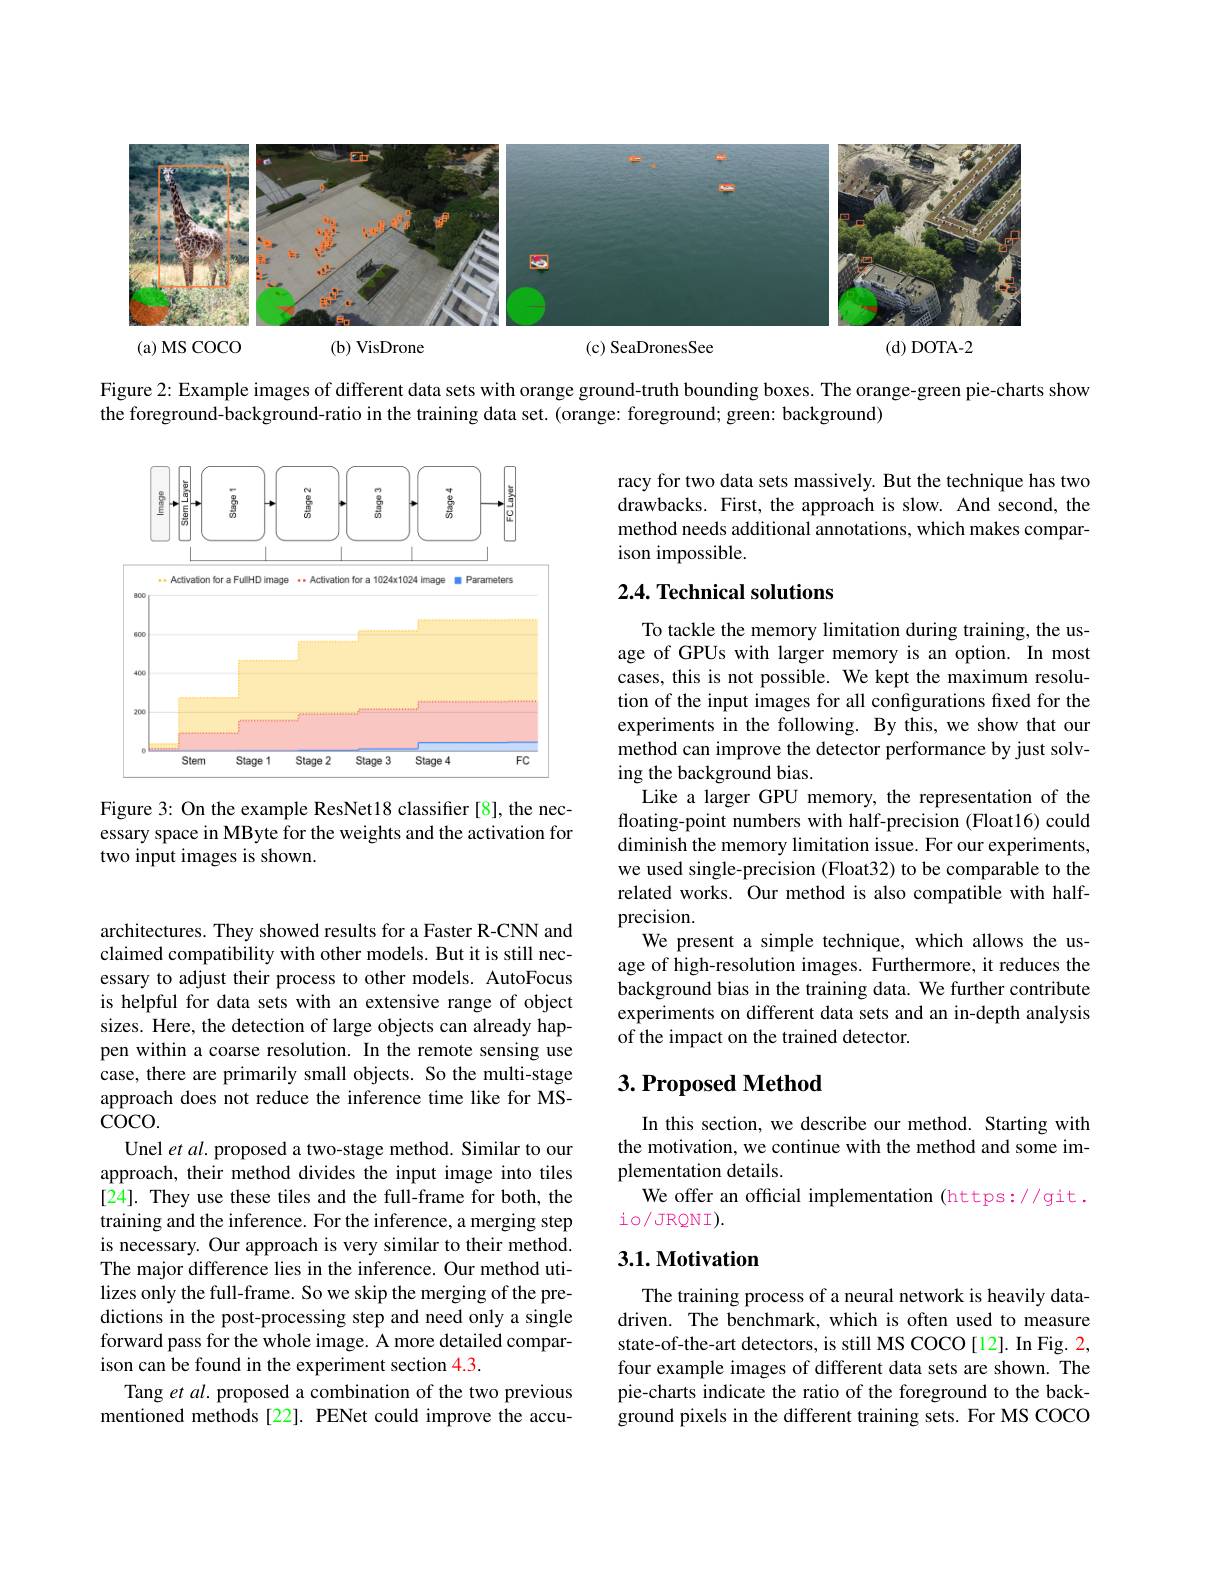
<FigureHere>

Figure 2{:} Example images of different data sets with orange ground-truth bounding boxes. The orange-green pie-charts show

the foreground-background-ratio in the training data set. (orange: foreground; green: background)

racy for two data sets massively. But the technique has two drawbacks. First, the approach is slow. And second, the method needs additional annotations, which makes comparison impossible.

## 2.4. Technical solutions

<FigureHere>

Figure 3: On the example ResNet18 classifier [8], the necessary space in MByte for the weights and the activation for two input images is shown.

To tackle the memory limitation during training, the usage of GPUs with larger memory is an option. In most cases, this is not possible. We kept the maximum resolution of the input images for all configurations fixed for the experiments in the following. By this, we show that our method can improve the detector performance by just solving the background bias.
Like a larger GPU memory, the representation of the floating-point numbers with half-precision (Float16) could diminish the memory limitation issue. For our experiments, we used single-precision (Float32) to be comparable to the related works. Our method is also compatible with halfprecision.
We present a simple technique, which allows the usage of high-resolution images. Furthermore, it reduces the background bias in the training data. We further contribute experiments on different data sets and an in-depth analysis of the impact on the trained detector.

## $3. \textbf{Proposed Method}$

In this section, we describe our method. Starting with the motivation, we continue with the method and some implementation details.
We offer an official implementation (https://git.
io/JRQNI).

architectures. They showed results for a Faster R-CNN and claimed compatibility with other models. But it is still necessary to adjust their process to other models. AutoFocus is helpful for data sets with an extensive range of object sizes. Here, the detection of large objects can already happen within a coarse resolution. In the remote sensing use case, there are primarily small objects. So the multi-stage approach does not reduce the inference time like for MSCOCO.
Unel $etal.$ proposed a two-stage method. Similar to our approach, their method divides the input image into tiles [24]. They use these tiles and the full-frame for both, the training and the inference. For the inference, a merging step is necessary. Our approach is very similar to their method. The major difference lies in the inference. Our method utilizes only the full-frame. So we skip the merging of the predictions in the post-processing step and need only a single forward pass for the whole image. A more detailed comparison can be found in the experiment section 4.3.
Tang et al. proposed a combination of the two previous mentioned methods[22]. PENet could improve the accu-

### $3. 1. \textbf{Motivation}$

The training process of a neural network is heavily datadriven. The benchmark, which is often used to measure state-of-the-art detectors, is still MS COCO[12]. In Fig. 2, four example images of different data sets are shown. The pie-charts indicate the ratio of the foreground to the background pixels in the different training sets. For MS COCO